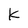
Character: K